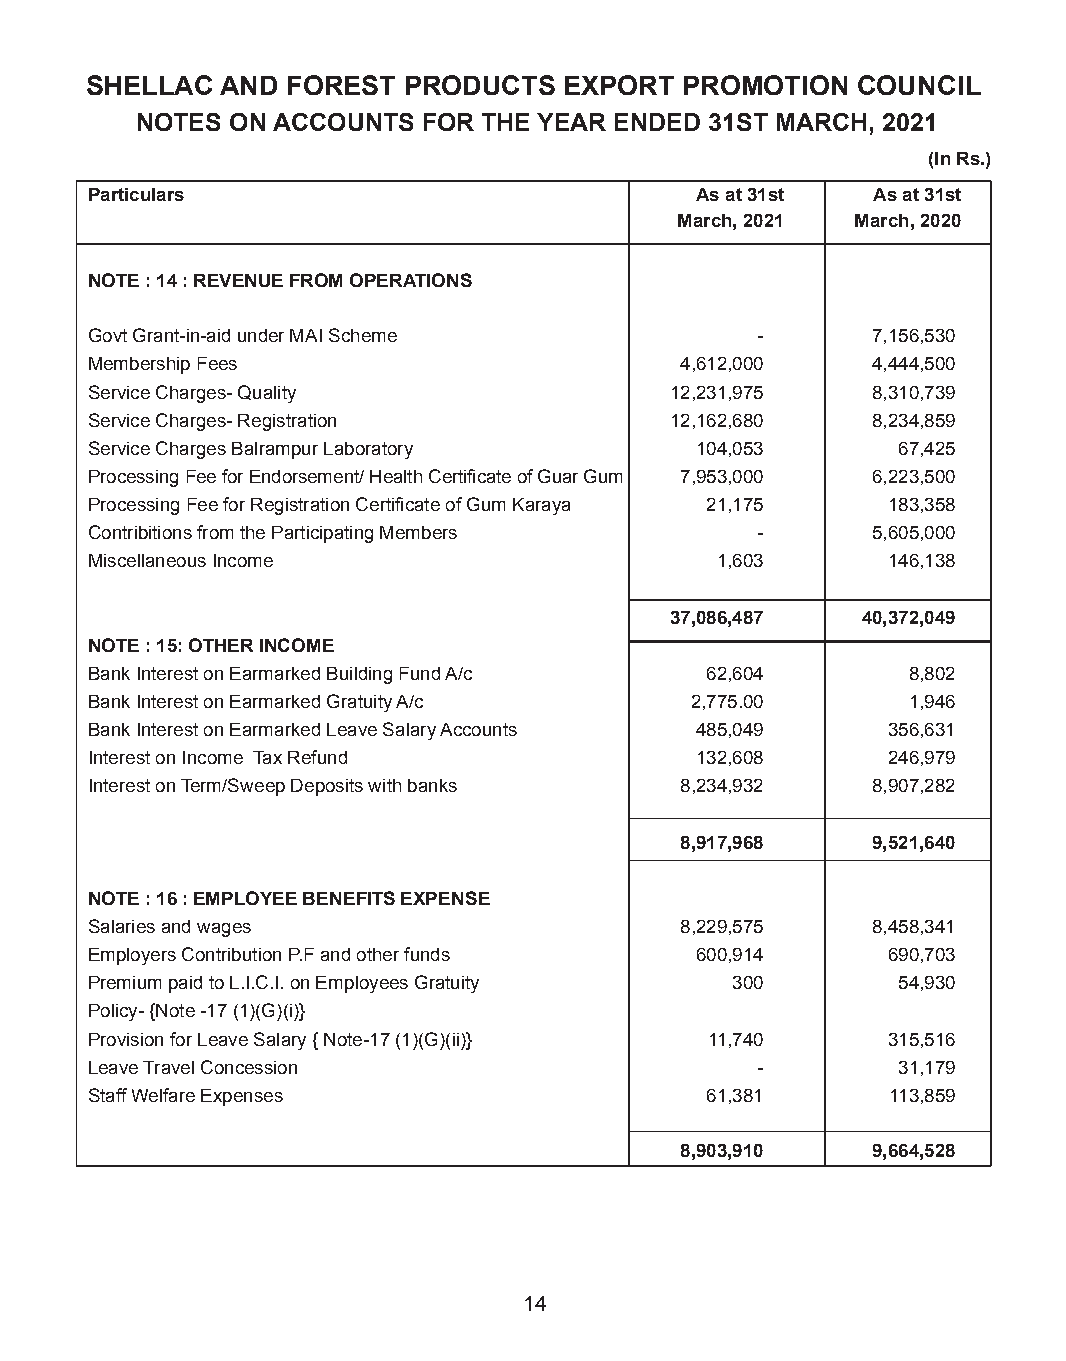
SHELLAC  AND FOREST  PRODUCTS  EXPORT  PROMOTION   COUNCIL
 NOTES ON ACCOUNTS  FOR THE YEAR ENDED 31ST MARCH, 2021
 (In Rs.)
 Particulars                             As at 31st  As at 31st
 March, 2021 March, 2020
 NOTE : 14 : REVENUE FROM OPERATIONS
 Govt Grant-in-aid under MAI Scheme          -       7,156,530
 Membership Fees                        4,612,000    4,444,500
 Service Charges- Quality              12,231,975    8,310,739
 Service Charges- Registration         12,162,680    8,234,859
 Service Charges Balrampur Laboratory    104,053      67,425
 Processing Fee for Endorsement/ Health Certificate of Guar Gum 7,953,000 6,223,500
 Processing Fee for Registration Certificate of Gum Karaya 21,175 183,358
 Contribitions from the Participating Members -      5,605,000
 Miscellaneous Income                     1,603       146,138
 37,086,487   40,372,049
 NOTE : 15: OTHER INCOME
 Bank Interest on Earmarked Building Fund A/c 62,604   8,802
 Bank Interest on Earmarked Gratuity A/c 2,775.00      1,946
 Bank Interest on Earmarked Leave Salary Accounts 485,049 356,631
 Interest on Income Tax Refund           132,608      246,979
 Interest on Term/Sweep Deposits with banks 8,234,932 8,907,282
 8,917,968    9,521,640
 NOTE : 16 : EMPLOYEE BENEFITS EXPENSE
 Salaries and wages                     8,229,575    8,458,341
 Employers Contribution P.F and other funds 600,914   690,703
 Premium paid to L.I.C.I. on Employees Gratuity 300   54,930
 Policy- {Note -17 (1)(G)(i)}
 Provision for Leave Salary { Note-17 (1)(G)(ii)} 11,740 315,516
 Leave Travel Concession                     -        31,179
 Staff Welfare Expenses                   61,381      113,859
 8,903,910    9,664,528
 14